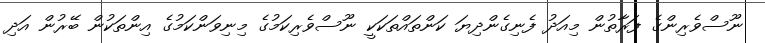
ނޫސްވެރިންގެ ފަރާތުން މިއަދު ފެނިގެންދިޔަ ކަންތައްތަކަކީ ނޫސްވެރިކަމުގެ މިނިވަންކަމުގެ އިންތަކުން ބޭރުން އަދި